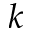
k